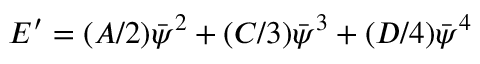
E ^ { \prime } = ( A / 2 ) \bar { \psi } ^ { 2 } + ( C / 3 ) \bar { \psi } ^ { 3 } + ( D / 4 ) \bar { \psi } ^ { 4 }